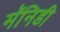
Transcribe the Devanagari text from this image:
मॅनिडी